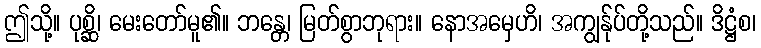
ဤသို့။ ပုစ္ဆိ၊ မေးတော်မူ၏။ ဘန္တေ၊ မြတ်စွာဘုရား။ နောအမှေဟိ၊ အကျွန်ုပ်တို့သည်။ ဒိဋ္ဌံစ၊